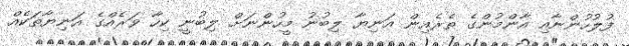
ފުލުހުންނާއި އާންމުންގެ ތެރެއިން އަނިޔާ ލިބުނު މީހުންނަށް ލިބުނީ ކިހާ ވަރެއްގެ އަނިޔާތަކެއް